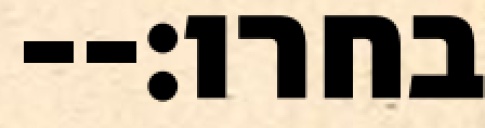
בחרו׃--